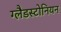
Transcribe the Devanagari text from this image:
ग्लैडस्टोनियन